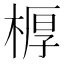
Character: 𣖔